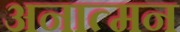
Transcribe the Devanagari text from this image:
अनात्मन